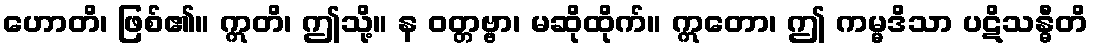
ဟောတိ၊ ဖြစ်၏။ ဣတိ၊ ဤသို့။ န ဝတ္တဗ္ဗာ၊ မဆိုထိုက်။ ဣတော၊ ဤ ကမ္မဒိသာ ပဋိသန္ဓီတိ